画像に写った文字を読んでください
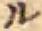
「ル」と書いてあります